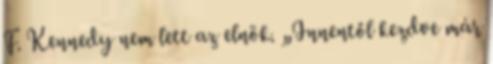
F. Kennedy nem lett az elnök. „Innentől kezdve már